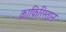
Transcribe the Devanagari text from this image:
क़ाफ़िरिस्तान